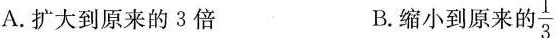
A.扩大到原来的3倍 B.缩小到原来的 $$\frac{1}{3}$$